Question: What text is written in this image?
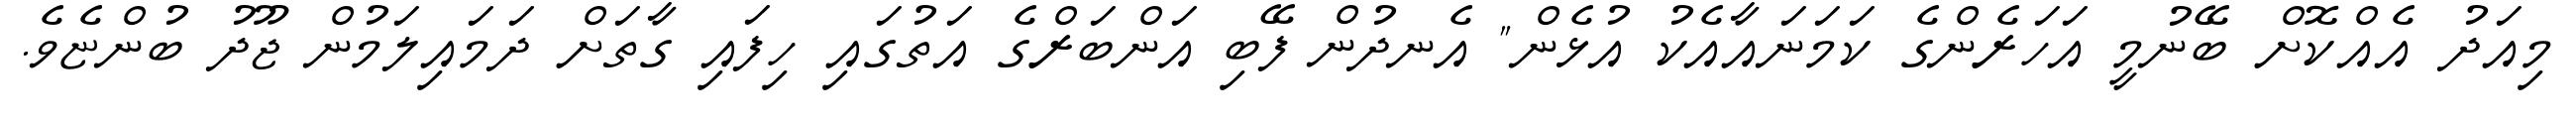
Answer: މިއަދު އެއްކޮށް ބޭނުމީ އަހަރެންގެ ކަމަނައާއެކު އުޅެން" އެނދުން ފޭބި އަންބަރްގެ އަތުގައި ހިފައި ގާތަށް ދަމައިލަމުން ޖޫދު ބުންޏެވެ.